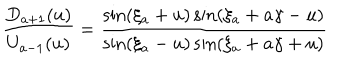
LaTeX: \frac { D _ { a + 1 } ( u ) } { U _ { a - 1 } ( u ) } = \frac { \sin ( \xi _ { a } + u ) \sin ( \xi _ { a } + a \gamma - u ) } { \sin ( \xi _ { a } - u ) \sin ( \xi _ { a } + a \gamma + u ) }